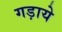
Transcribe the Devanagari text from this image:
गड़ाये